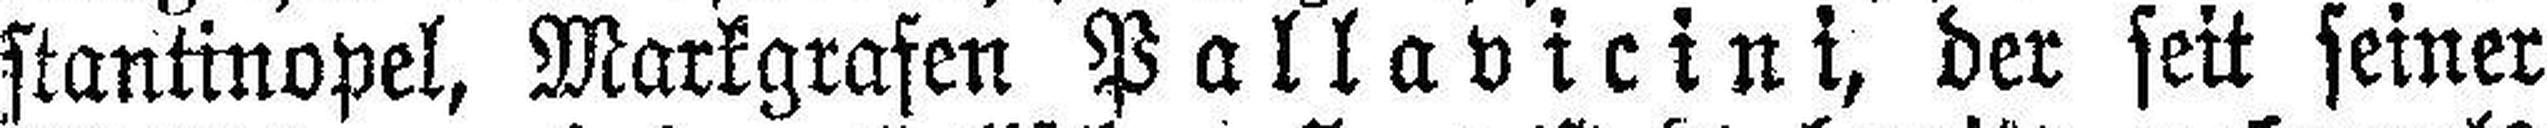
stantinopel, Markgrafen Pallavicini, der seit seiner